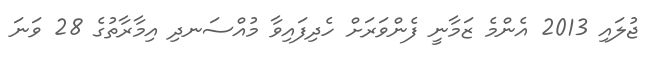
ޖުލައި 2013 އެންމެ ޒަމާނީ ފެންވަރަށް ހެދިފައިވާ މުއްސަނދި އިމާރާތުގެ 28 ވަނަ